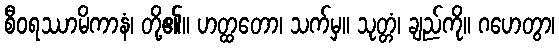
စီဝရဿာမိကာနံ၊ တို့၏။ ဟတ္ထတော၊ သက်မှ။ သုတ္တံ၊ ချည်ကို။ ဂဟေတွာ၊